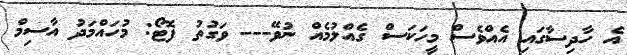
އެ ހާދިސާގައި އެއްވެސް މީހަކަސް ގެއްލުމެއް ނުވޭ--- ވަގުތު ފޮޓޯ: މުހައްމަދު އާސިމް